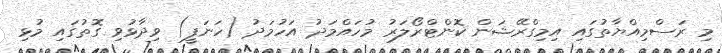
މި ރަސްމިއްޔާތުގައި އިމިގްރޭޝަން ކޮންޓްރޯލަރު މުހައްމަދު އަހުމަދު (ހަނަފީ) ވިދާޅުވި ގޮތުގައި މުޅި